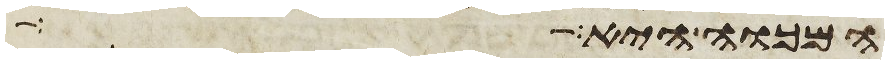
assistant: המכוה היא